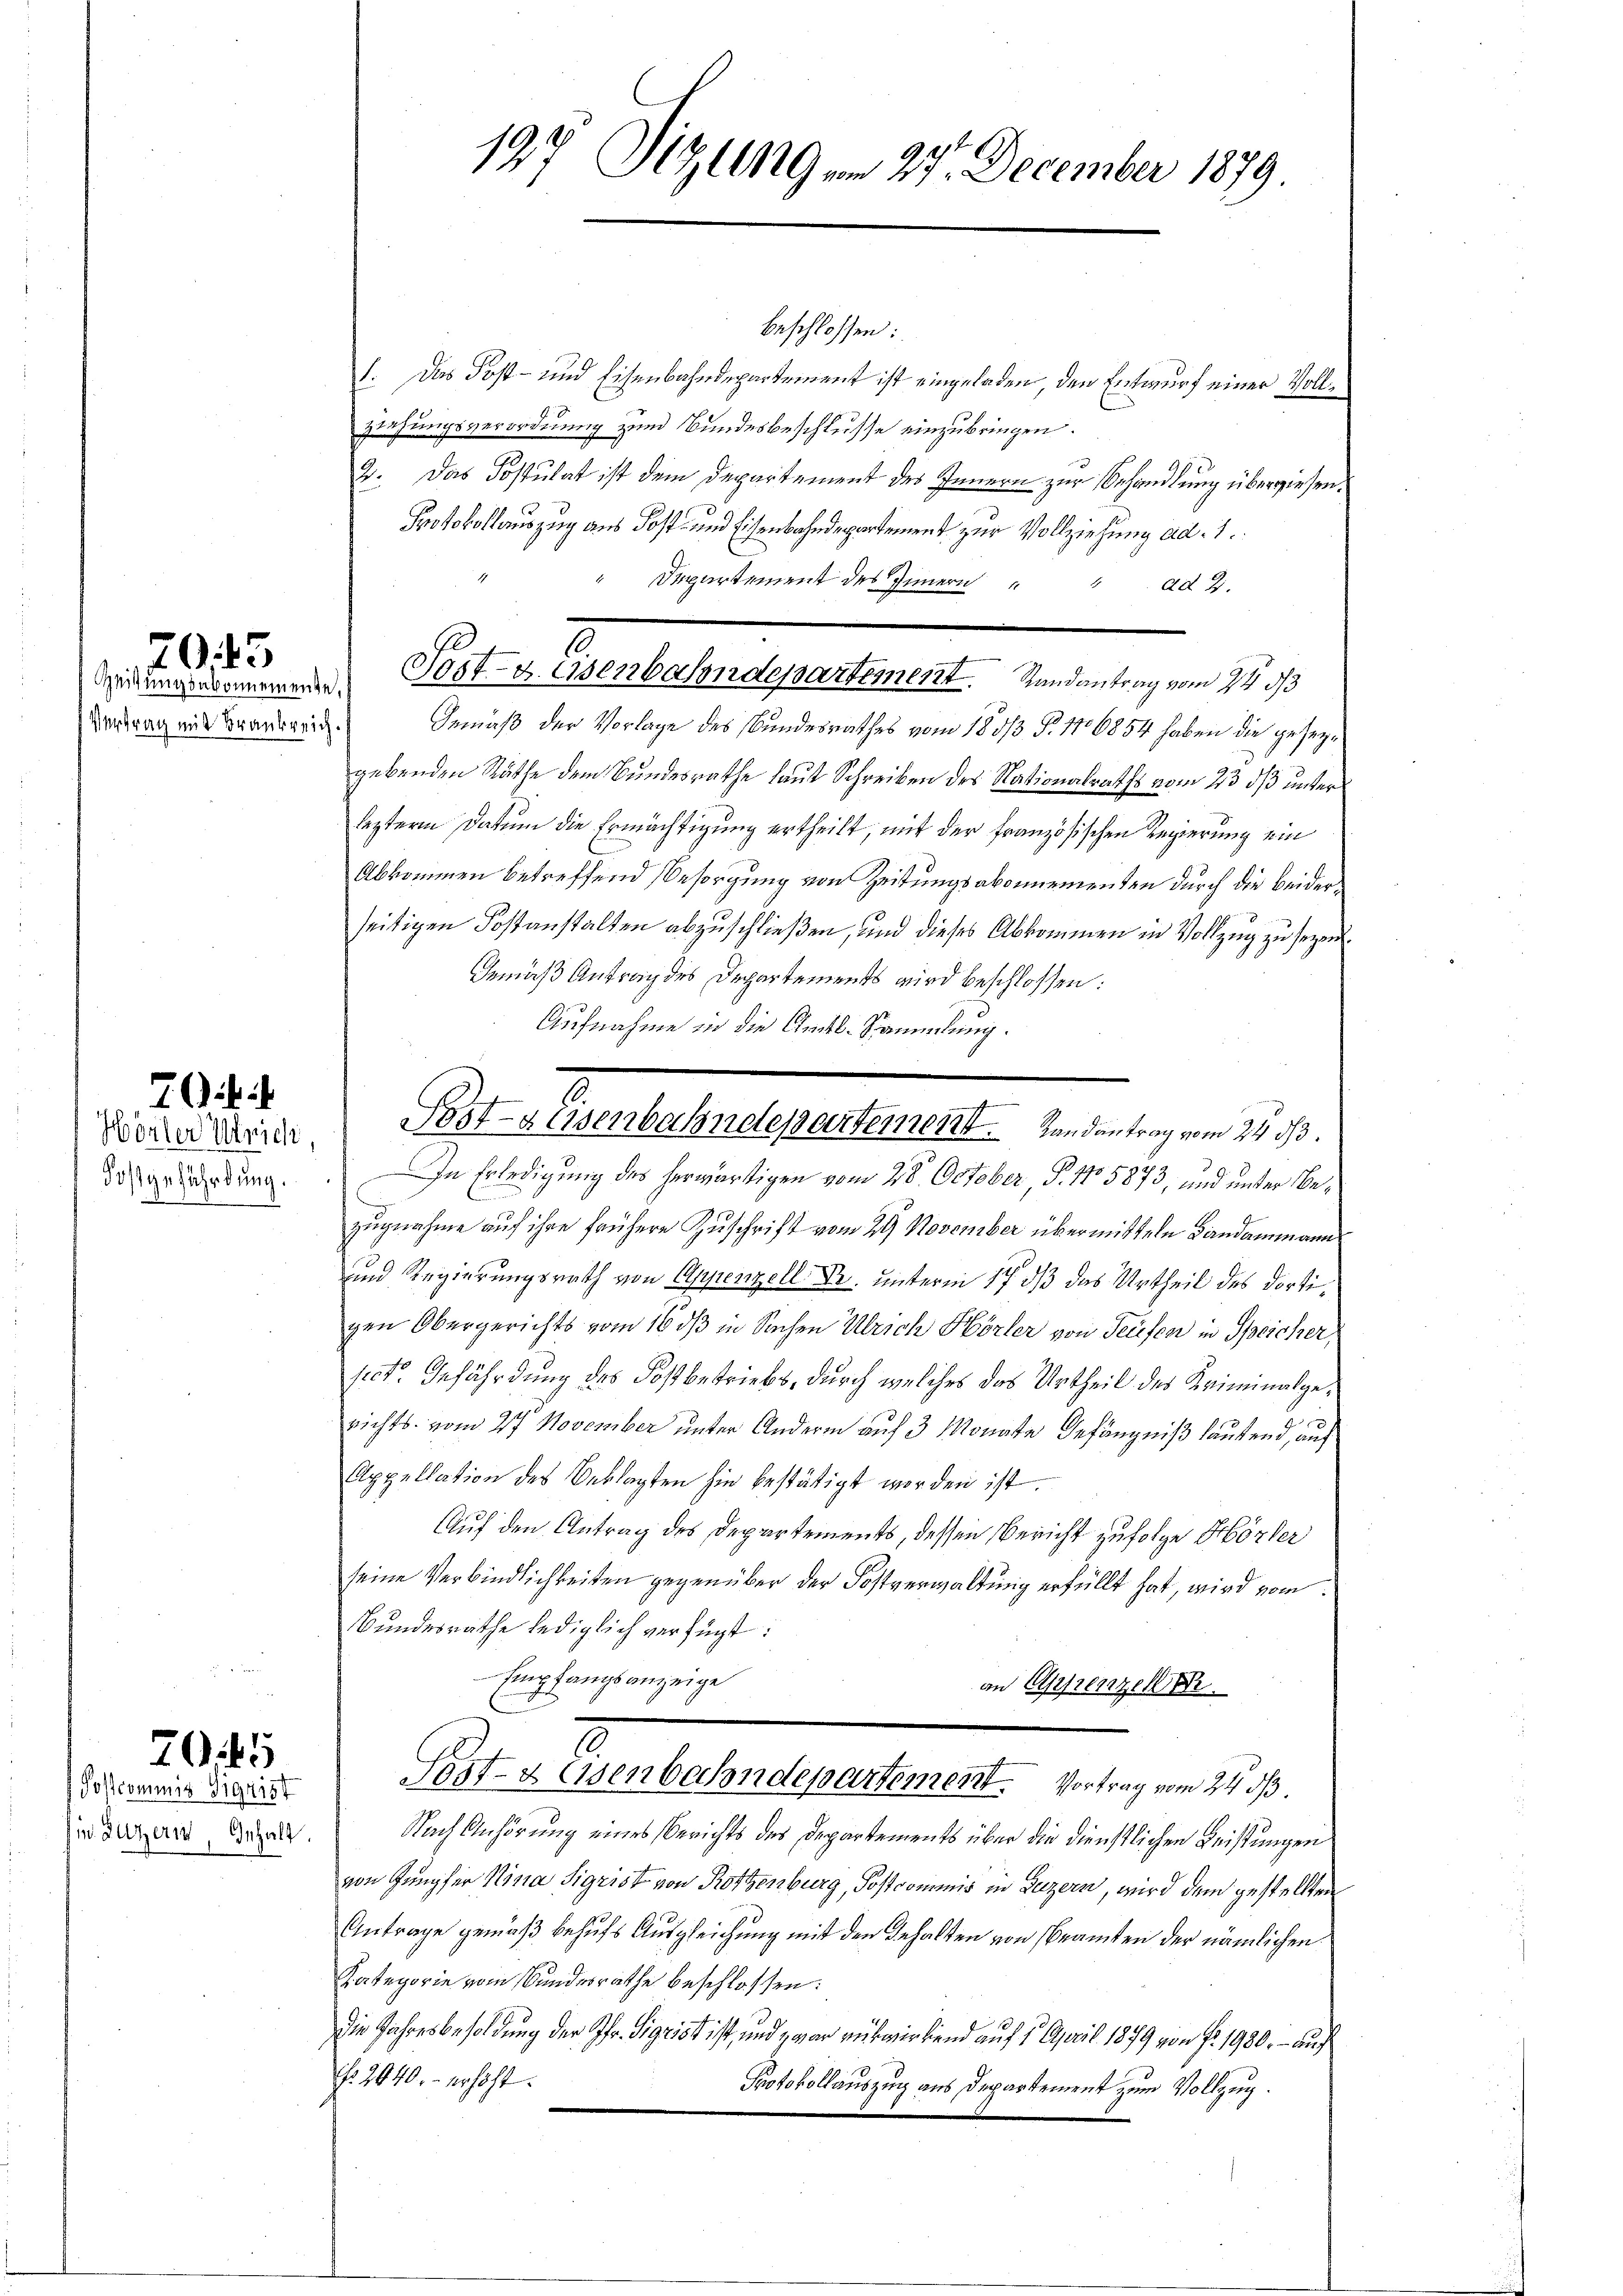
7043

Hörter Ulrich,
Kostgefährdung.

i

in Luzern, Inhalt

705
Poscommis Sigrist

beschlossen:
1. Das Post- und Eisenbahndepartement ist eingeladen, den Entwurf einer Vollziehungsverordnung zum Bundesbeschlusse einzubringen.
2. Das Postulat ist dem Departement des Innern zur Behandlung überwiesen.
Protokollauszug aus Post- und Eisenbahndepartement zur Vollziehung ad 1.
" Departement des Innern " " ad 2.
Vertrag mit Brandarin. Gemäß der Vorlage des Bundesrathes vom 180/3 N. 116854 haben die gesezgebenden Räthe dem Bundesrathe laut Schreiben des Nationalraths vom 23 dß unter
lezteren Datum die Ermächtigung ertheilt, mit der Französischen Regierung ein
Abkommen betreffend Besorgung von Zeitungsabonnementen durch die beiderseitigen Kostanstalten abzuschließen, und dieses Abkommen in Vollzug zu seyen.
Gemäß Antrag des Departements wird beschlossen:
Aufnahme in die Amts-Sammlung.
In Erledigung des herwärtigen vom 28. October, P. No 5873, und unter Bezugnahme auf ihre frühere Zuschrift vom 29 November übermitteln Landammann
und Regierungsrath von Appenzell Sr. unterm 17. dß das Urtheil des dortigen Obergerichts vom 10. dβ in Sachen Ulrich Hörler von Teufer in Speicher,
sect. Gefährdung des Kostbetriebs, durch welches das Urtheil des Kriminalgerichts vom 27. November unter Andern auf 3 Monate Gefängniß lautend, auf
Appellation des Beklagten hin bestätigt worden ist.
Auf den Antrag des Departements, dessen Bericht zufolge Hörter
seine Verbindlichkeiten gegenüber der Postverwaltung erfüllt hat, wird vom
Bundesrathe lediglich verfügt:
Empfangsanzeige
an Epprenzellir
Pestzusenbahndepartement. Vortrag vom 24. ds.
Nach Anhörung eines Berichts des Departements über die dienstlichen Leistungen
von Jungfer Nina Sigrist von Rottenburg, Postcommis in Luzern, wird dem gestellten
Antrage gemäß behufs Ausgleichung mit den Gehalten von Beamten der nämlichen
Kategorie vom Bundesrathe beschlossen:
die Jahresbesoldung der Pfr. Sigrist ist, und zwar rükwirkend auf 1. April 1879 von fr. 1980. - auf
Nr. 2040.- erhöht.
Protokollauszug aus Departement zum Vollzug.

Zutungenommenden Post- u. Osenbahndepartement. Randantrag vom 24. ds.

Post- & Eisenbahndepartement.     Randantrag vom 24. ds.

137 Sizung am 27. December 1879